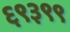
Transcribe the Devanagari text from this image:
६९३९९